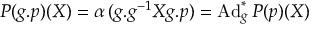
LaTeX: { \cal P } ( g . p ) ( X ) = \alpha \, ( g . g ^ { - 1 } X g . p ) = \mathrm { A d } _ { g } ^ { * } \, { \cal P } ( p ) ( X )